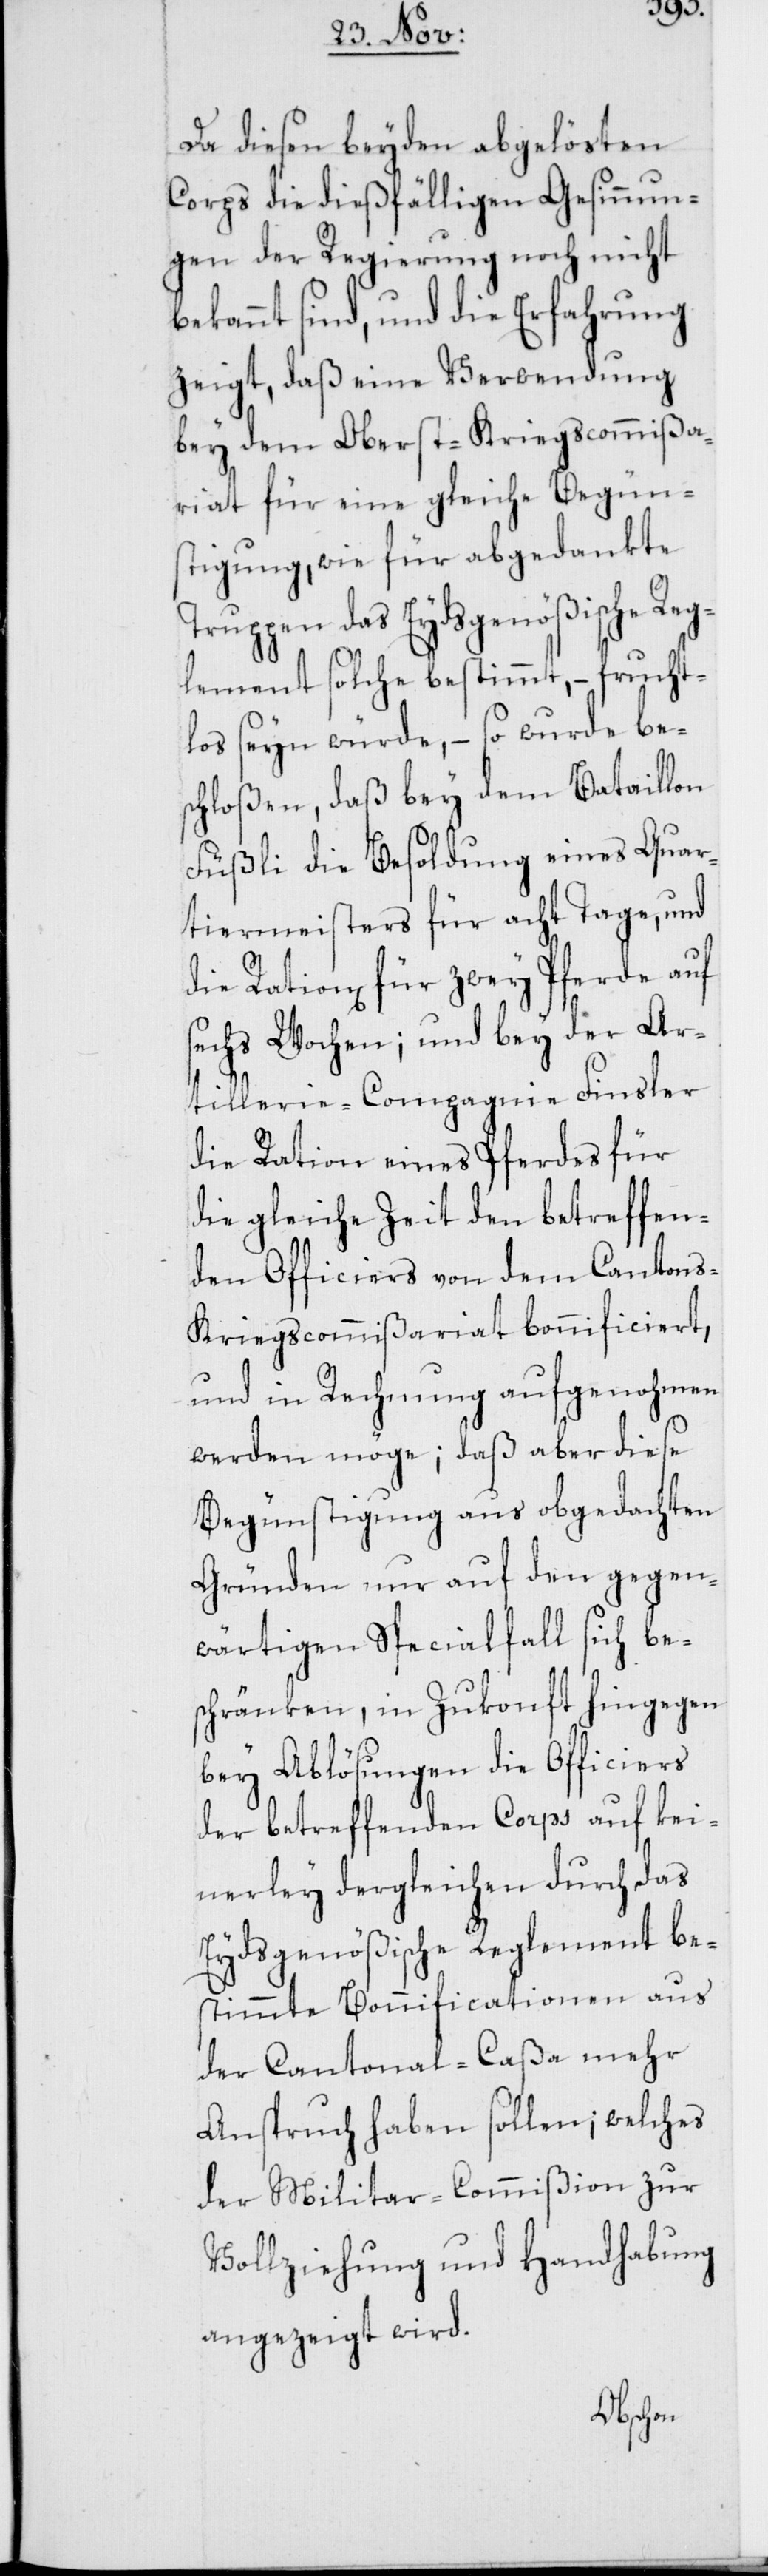
Da diesen beyden abgelösten
Corps die dießfälligen Gesinnun¬
gen der Regierung noch nicht
bekannt sind, und die Erfahrung
zeigt, daß eine Verwendung
bey dem Oberst-Kriegscommißa¬
riat für eine gleiche Begüns¬
tigung, wie für abgedankte
Truppen das Eydsgenößische Reg¬
lement solche bestimmt, – frucht¬
los seyn würde, – so wurde bes¬
chloßen, daß bey dem Bataillon
Füßli die Besoldung eines Quar¬
tiermeisters für acht Tage, und
die Rationen für zwey Pferde auf
sechs Wochen; und bey der Ar¬
tillerie-Compagnie Finsler
die Ration eines Pferdes für
die gleiche Zeit den betreffen¬
den Officiers von dem Canton¬
s-Kriegscommißariat bonnificiert,
und in Rechnung aufgenohmen
werden möge; daß aber diese
Begünstigung aus obgedachten
Gründen nur auf den gegen¬
wärtigen Specialfall sich be¬
schränken, in Zukonft hingegen
bey Ablösungen die Officiers
der betreffenden Corps auf kei¬
nerley dergleichen durch das
Eydsgenößische Reglement be¬
stimmte Bonificationen aus
der Cantonal-Caßa mehr
Anspruch haben sollen; welches
der Militar-Commißion zur
Vollziehung und Handhabung
angezeigt wird.